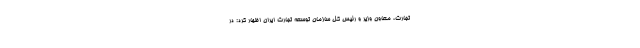
تجارت، معاون وزیر و رئیس کل سازمان توسعه تجارت ایران اظهار کرد: در